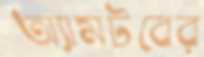
অ্যামটবের